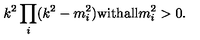
k ^ { 2 } \prod _ { i } ^ { } ( { k } ^ { 2 } - { m } _ { i } ^ { 2 } ) \mathrm { w i t h } \mathrm { a l l } { m } _ { i } ^ { 2 } > 0 .